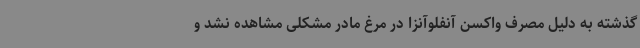
گذشته به دلیل مصرف واکسن آنفلوآنزا در مرغ مادر مشکلی مشاهده نشد و